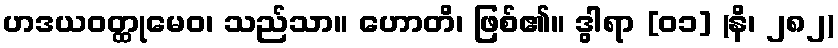
ဟဒယဝတ္ထုမေဝ၊ သည်သာ။ ဟောတိ၊ ဖြစ်၏။ ဒွါရာ [၀၁] (နိ၊ ၂၈၂)